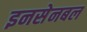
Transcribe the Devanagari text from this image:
इनसेनबल